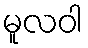
မူလဝါ